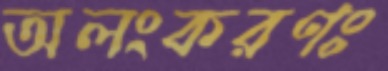
অলংকরণঃ